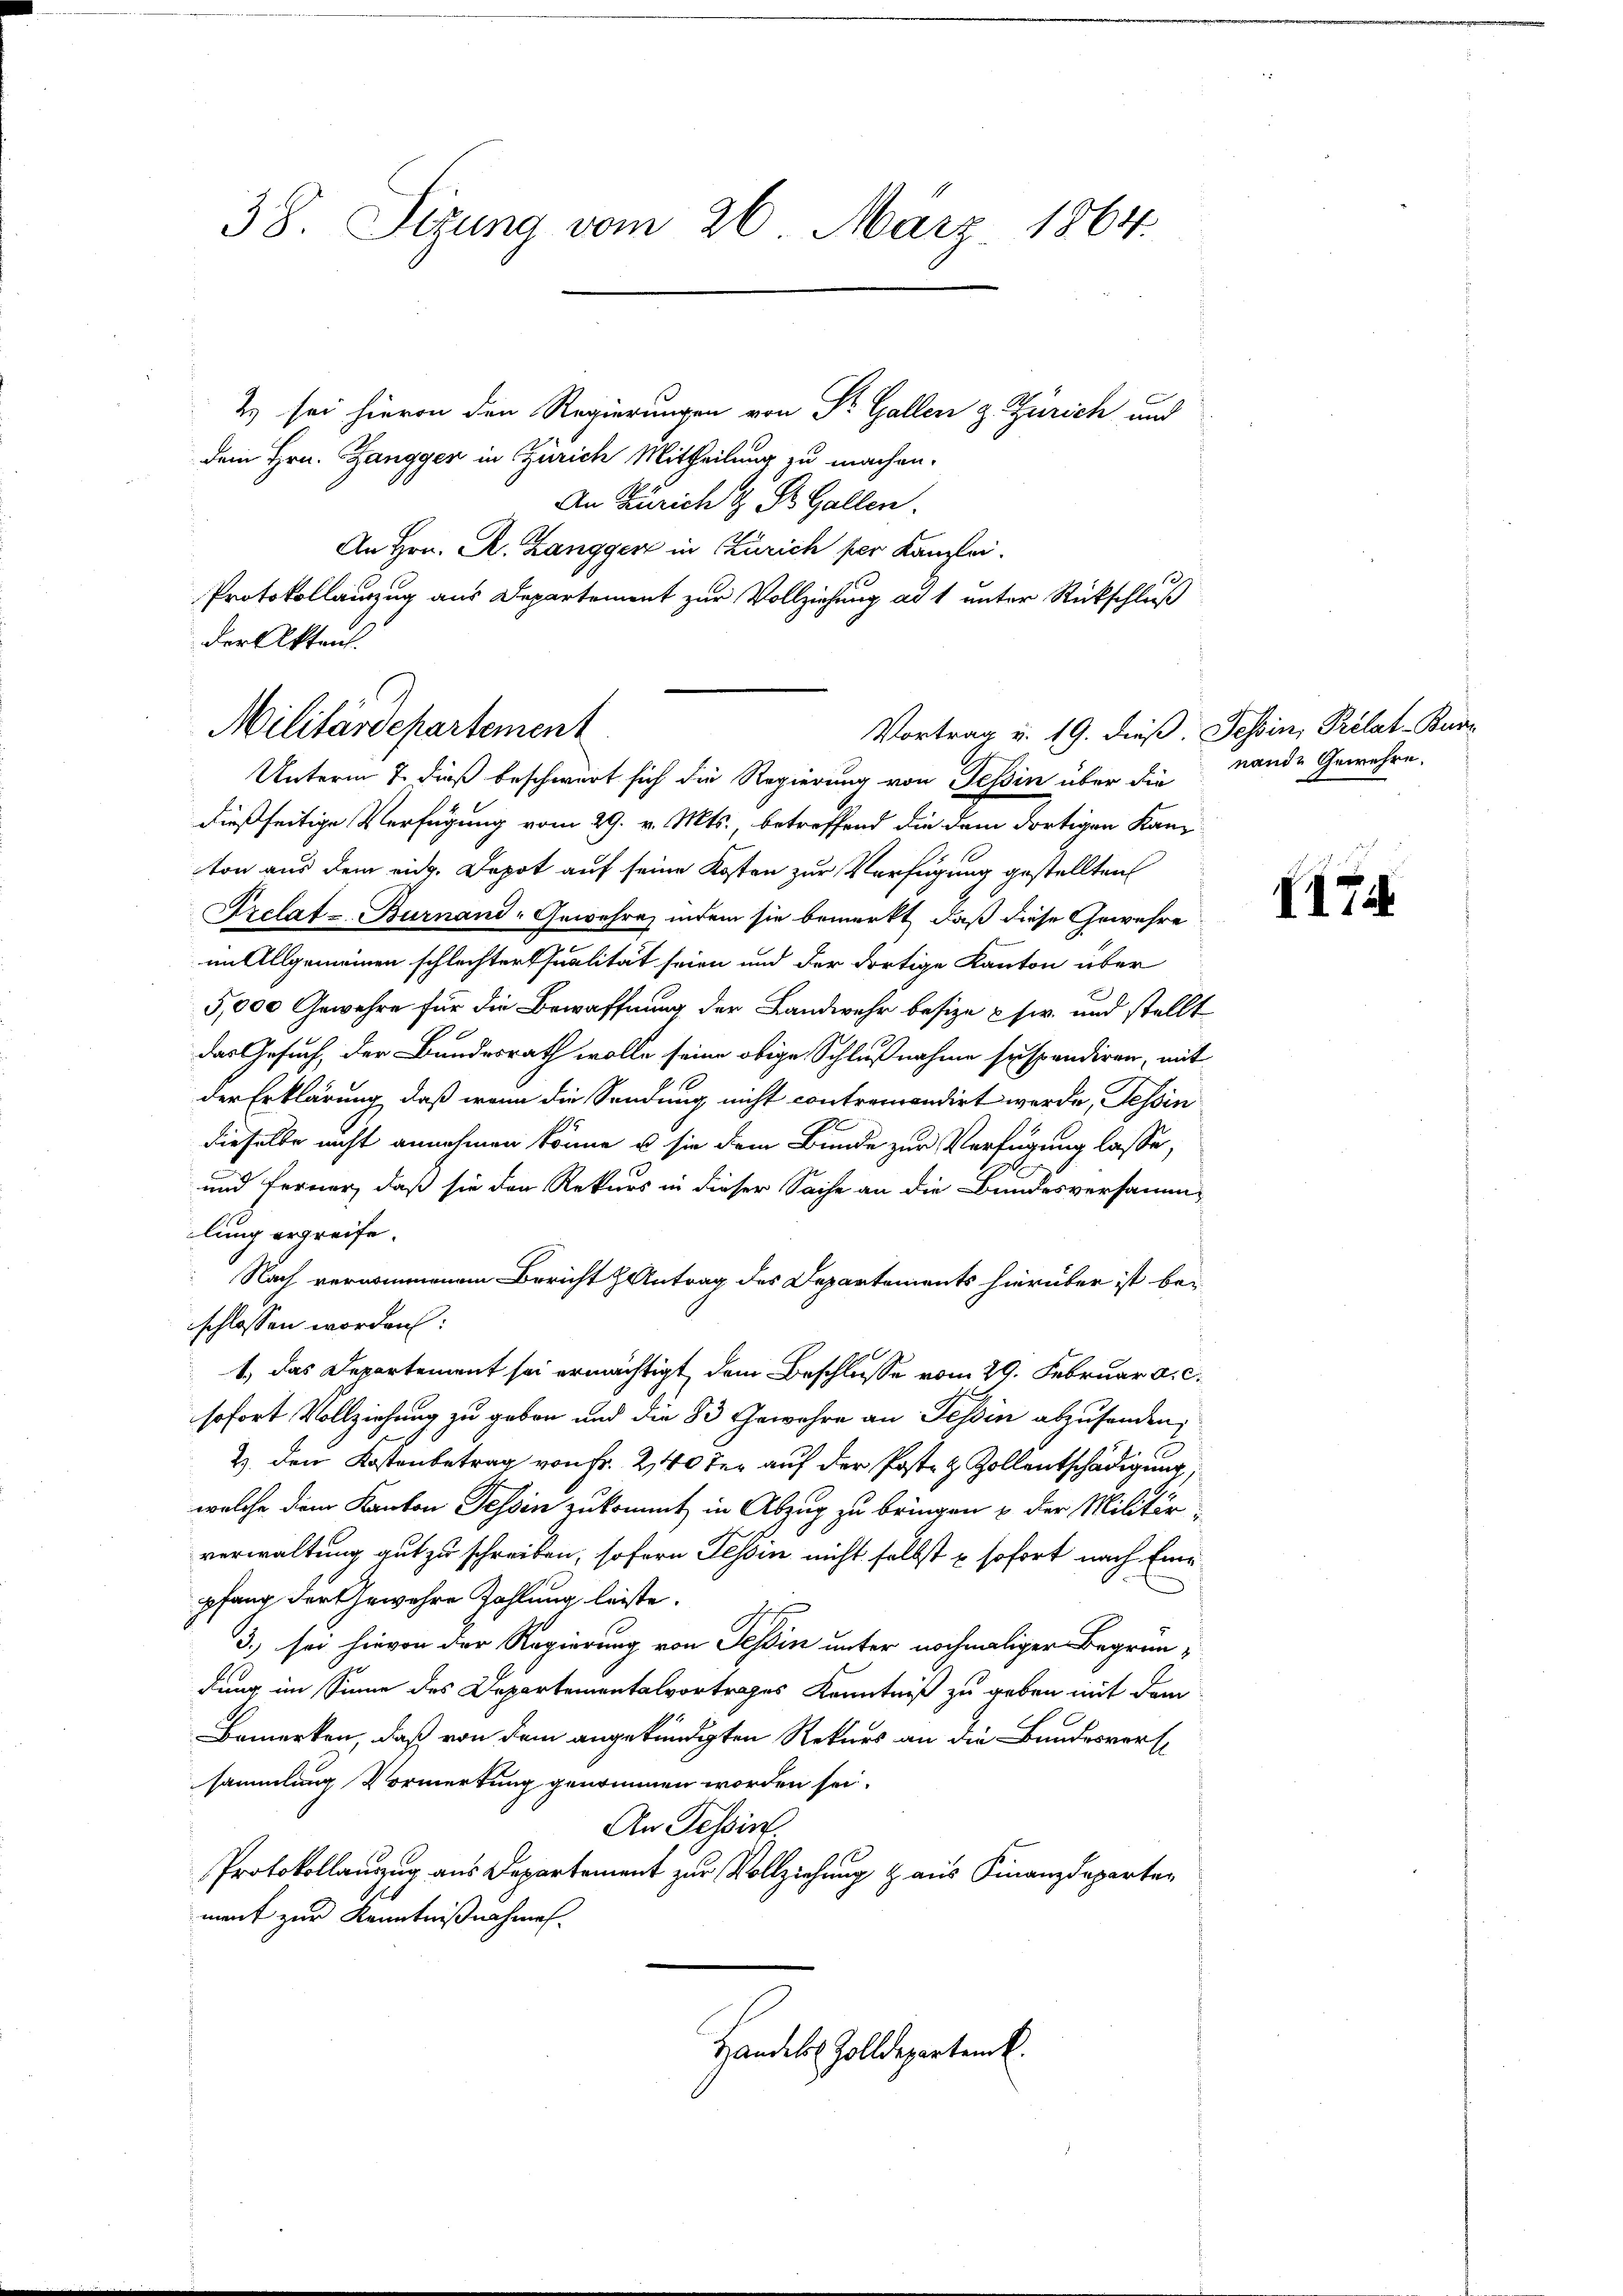
38. Sizung vom 26. März 1864.
2) sei hievon den Regierungen von Dr. Gallen z. Zürich und
dem Hrn. Zangger in Zürich Mittheilung zu machen.

An Zürich & St. Gallen.
An Hrn. R. Zangger in Zürich per Kanzlei.
Protokollauszug aus Departement zur Vollziehung ad 1 unter Rückschluß
der Akten.

Militärdepartement
Vortrag u. 19. dieß. Tessin, Prélat-Bure
Unterm 7. dieß beschwert sich die Regierung von Tessin über die

dießseitige Verfügung vom 29. v. Mts. betreffend die dem dortigen Kanton aus dem eid. Depot auf seine Kosten zur Verfügung gestellten
Frelat z. Burnand-Gewehre, indem sie bemerkt, daß diese Gewehre
im Allgemeinen schlechter Qualität seien und der dortige Kanton über
5,000 Gewehre für die Bewaffnung der Landwehr besize usw. und stellt
das Gesuch, der Bundesrath wolle seine obige Schlußnahme suspendiren, mit
der Erklärung, daß wenn die Sendung nicht contremondirt werde, Tessin
dieselbe nicht annehmen könne, u sie dem Bunde zur Verfügung lasse,
und ferner, daß sie den Rekurs in dieser Sache an die Bundesversamm-
lung ergreife.
Nach vernommenem Bericht Antrag des Departements hierüber ist beschlossen worden:
1. das Departement sei ermächtigt, dem Beschlusse vom 29. Februar a. c.
sofort Vollziehung zu geben und die 83 Gewahre an Tessin abzusenden,
2. den Kostenbetrag von Fr. 240 der auf der Poste & Zollentschädigung,
welche dem Kanton Tessin zukommt in Abzug zu bringen u. der Militär-
verwaltung gut zu schreiben, sofern Tessin nicht selbst u sofort nach Einpfang der Gewehre Zahlung leiste.
3.) sei hievon der Regierung von Tessin unter nochmaliger Begründung im Sinne des Departementalvortrages Kenntniß zu geben mit dem
Bemerken, daß von dem angekündigten Rekurs an die Bundesverst
sammlung Vormerkung genommen worden sei.
An Tessin
Protokollauszug aus Departement zur Vollziehung aus Finanzdeparten
ment zur Kenntnißnahmen.
Handels Zolldepartem k.

nande Gewehre.

I174